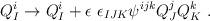
LaTeX: \begin{align*}Q^i_I \to Q^i_I + \epsilon \ \epsilon_{IJK} \psi^{ijk} Q^j_J Q^k_K ~.\end{align*}